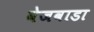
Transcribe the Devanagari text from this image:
वेजवाडा